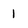
Character: 1